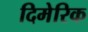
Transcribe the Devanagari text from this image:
दिमेरिक